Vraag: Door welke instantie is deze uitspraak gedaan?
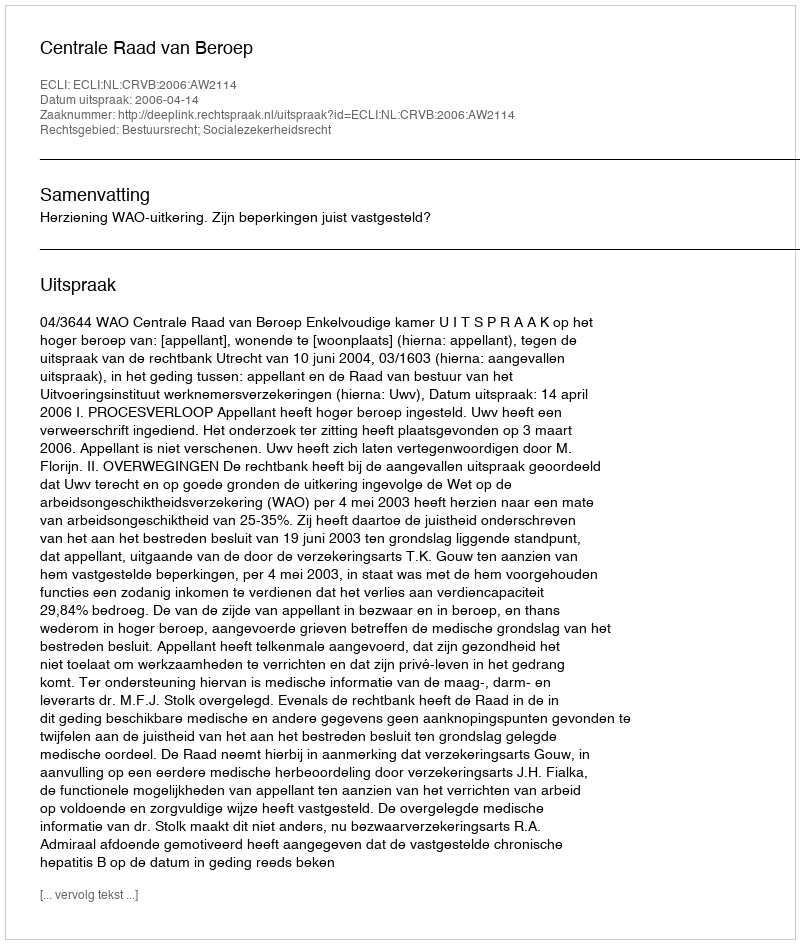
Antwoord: Centrale Raad van Beroep